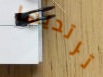
ترتديها